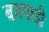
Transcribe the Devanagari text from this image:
बगयाड़ी